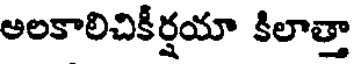
అలకాలిచికీర్షయా కిలాత్తా